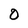
Character: 0